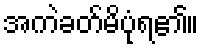
အကဲခတ်မိပုံရ၏။